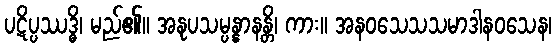
ပဋိပ္ပဿဒ္ဓိ၊ မည်၏။ အနုပသမ္ပန္နာနန္တိ၊ ကား။ အနဝသေသသမာဒါနဝသေန၊